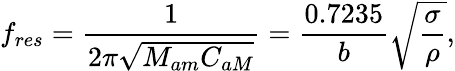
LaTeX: f_{res}=\frac{1}{2\pi\sqrt{M_{am}C_{aM}}}=\frac{0.7235}{b}\sqrt{\frac{\sigma}{\rho}},